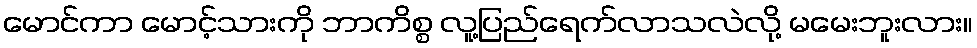
မောင်ကာ မောင့်သားကို ဘာကိစ္စ လူ့ပြည်ရေက်လာသလဲလို့ မမေးဘူးလား။